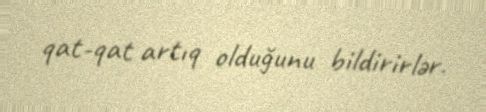
qat-qat artıq olduğunu bildirirlər.